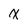
Character: x